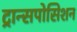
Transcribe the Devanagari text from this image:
ट्रान्सपोसिशन